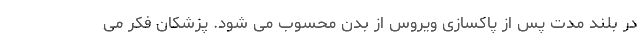
در بلند مدت پس از پاکسازی ویروس از بدن محسوب می شود. پزشکان فکر می